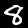
Digit: 8